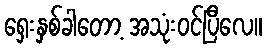
ရှေးနှစ်ခါတော့ အသုံးဝင်ပြီလေ။